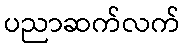
ပညာဆက်လက်